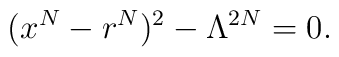
(x^{N}-r^N)^2-\Lambda^{2N}=0.